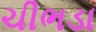
ચીભડા